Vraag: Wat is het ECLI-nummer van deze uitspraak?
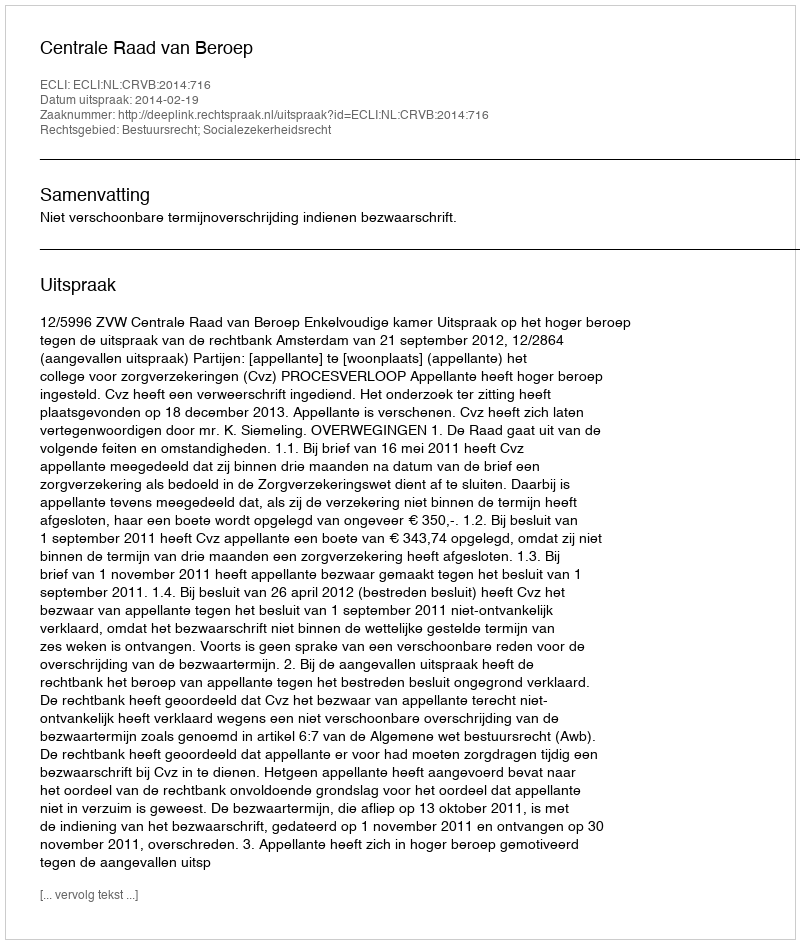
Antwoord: ECLI:NL:CRVB:2014:716